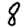
Digit: 8